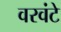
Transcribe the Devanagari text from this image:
वरवंटे